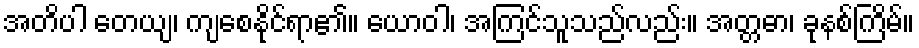
အတိပါ တေယျ၊ ကျစေနိုင်ရာ၏။ ယောဝါ၊ အကြင်သူသည်လည်း။ အတ္တဓာ၊ ခုနစ်ကြိမ်။